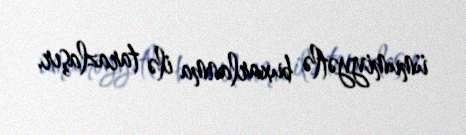
ümumiyyətlə buxarlanma ilə tarazlaşır.